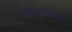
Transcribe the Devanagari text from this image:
विश्वसंबंधीच्या